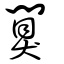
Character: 闃